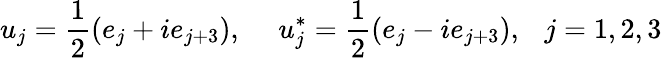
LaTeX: u_{j}=\frac{1}{2}(e_{j}+ie_{j+3}),~~~~~u_{j}^{*}=\frac{1}{2}(e_{j}-ie_{j+3}),~~~j=1,2,3